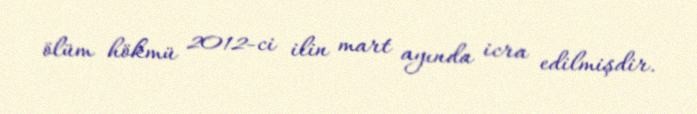
ölüm hökmü 2012-ci ilin mart ayında icra edilmişdir.